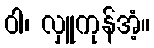
ဝါ၊ လှူကုန်အံ့။